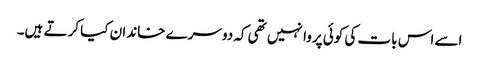
اسے اس بات کی کوئی پروا نہیں تھی کہ دوسرے خاندان کیا کرتے ہیں۔